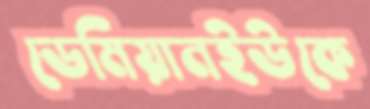
ডেমিয়ানইউকে